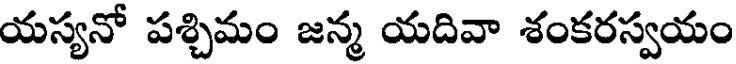
యస్యనో పశ్చిమం జన్మ యదివా శంకరస్వయం